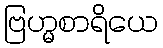
ဗြဟ္မစာရိယေ